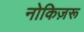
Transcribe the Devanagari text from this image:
नोकिज़रू